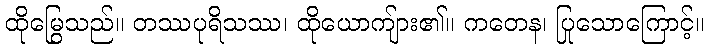
ထိုမြွေသည်။ တဿပုရိသဿ၊ ထိုယောကျ်ား၏။ ကတေန၊ ပြုသောကြောင့်။